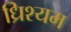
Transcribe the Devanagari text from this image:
ध्रिश्यम